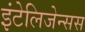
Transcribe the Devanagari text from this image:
इंटेलिजेन्सस